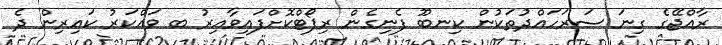
ރާއްޖޭގެ ގިނަ ސަރަހައްދުތަކުން ކިނބޫ ފެނިގެން ރިޕޯޓްކޮށްފައިވާއިރު ބ ވައްކަރު ކައިރިން ދެ